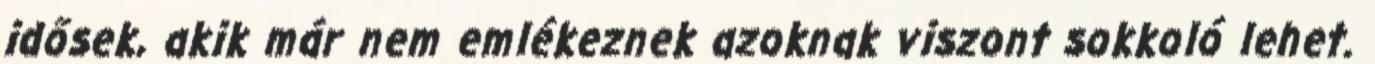
idősek, akik már nem emlékeznek azoknak viszont sokkoló lehet.